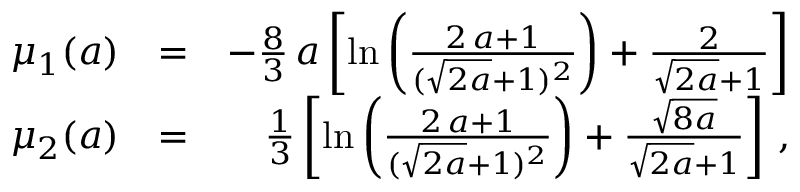
\begin{array} { r l r } { \mu _ { 1 } ( a ) } & { = } & { - \frac { 8 } { 3 } \, a \left[ \ln { \left( \frac { 2 \, a + 1 } { ( \sqrt { 2 a } + 1 ) ^ { 2 } } \right) } + \frac { 2 } { \sqrt { 2 a } + 1 } \right] } \\ { \mu _ { 2 } ( a ) } & { = } & { \frac { 1 } { 3 } \left[ \ln { \left( \frac { 2 \, a + 1 } { ( \sqrt { 2 a } + 1 ) ^ { 2 } } \right) } + \frac { \sqrt { 8 a } } { \sqrt { 2 a } + 1 } \right] \, , } \end{array}